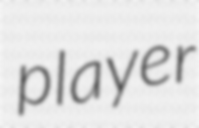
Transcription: player